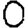
Digit: 0